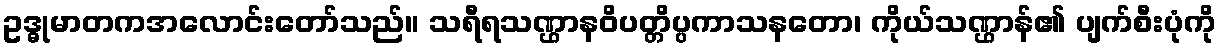
ဥဒ္ဓုမာတကအလောင်းတော်သည်။ သရီရသဏ္ဌာနဝိပတ္တိပ္ပကာသနတော၊ ကိုယ်သဏ္ဌာန်၏ ပျက်စီးပုံကို